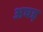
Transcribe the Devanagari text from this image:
अघड़